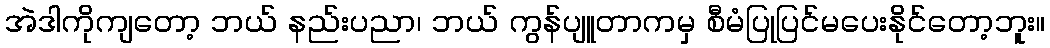
အဲဒါကိုကျတော့ ဘယ် နည်းပညာ၊ ဘယ် ကွန်ပျူတာကမှ စီမံပြုပြင်မပေးနိုင်တော့ဘူး။